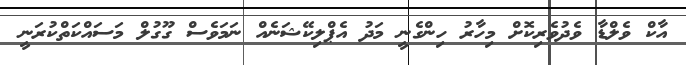
އާކް ވެލްޑާ ވެދުވެރިކޮށް މިހާރު ހިންގެނީ މަދު އެޕްލިކޭޝަނެއް ނަމަވެސް ގޫގުލް މަސައްކަތްކުރަނީ